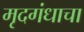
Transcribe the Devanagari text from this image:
मृदगंधाचा